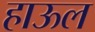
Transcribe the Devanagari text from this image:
हाऊल